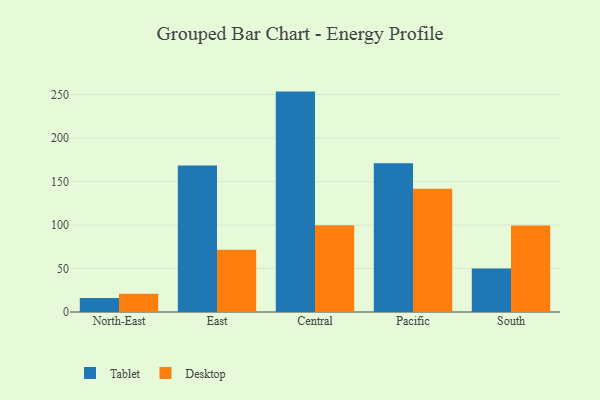
{"axis": {"x": "Region", "y": "LTV (USD)"}, "legend": ["Desktop", "Tablet"], "data": [{"x": "North-East", "y": 16.2, "type": "Tablet"}, {"x": "North-East", "y": 20.9, "type": "Desktop"}, {"x": "East", "y": 168.4, "type": "Tablet"}, {"x": "East", "y": 71.5, "type": "Desktop"}, {"x": "Central", "y": 253.5, "type": "Tablet"}, {"x": "Central", "y": 99.8, "type": "Desktop"}, {"x": "Pacific", "y": 171.1, "type": "Tablet"}, {"x": "Pacific", "y": 141.8, "type": "Desktop"}, {"x": "South", "y": 49.9, "type": "Tablet"}, {"x": "South", "y": 99.5, "type": "Desktop"}]}